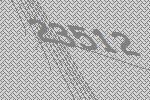
23512